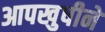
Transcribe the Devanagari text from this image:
आपखुषीने